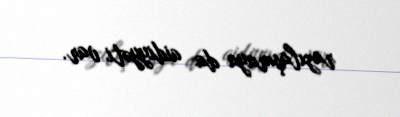
razılaşmaya da aidiyyəti var.